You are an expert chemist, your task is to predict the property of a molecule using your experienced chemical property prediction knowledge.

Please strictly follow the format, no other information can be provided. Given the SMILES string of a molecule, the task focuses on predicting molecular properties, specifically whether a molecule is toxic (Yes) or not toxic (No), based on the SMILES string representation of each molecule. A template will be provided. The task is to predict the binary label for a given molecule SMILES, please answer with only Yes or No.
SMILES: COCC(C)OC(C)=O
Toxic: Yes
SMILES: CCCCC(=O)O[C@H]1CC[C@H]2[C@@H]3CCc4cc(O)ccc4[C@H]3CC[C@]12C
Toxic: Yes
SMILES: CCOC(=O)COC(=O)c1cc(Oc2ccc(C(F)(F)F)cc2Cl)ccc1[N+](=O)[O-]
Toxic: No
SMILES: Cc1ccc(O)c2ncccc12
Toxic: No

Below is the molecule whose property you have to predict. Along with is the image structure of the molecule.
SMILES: CC(C)(C)c1ccc(C(=O)CCCCl)cc1
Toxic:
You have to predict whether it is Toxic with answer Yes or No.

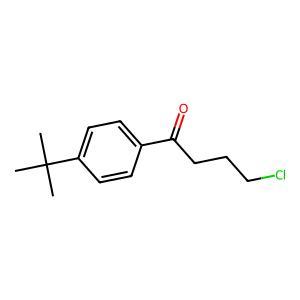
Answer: No